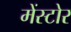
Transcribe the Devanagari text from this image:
मेंस्टोर